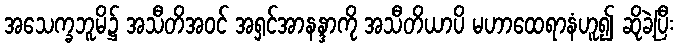
အသေက္ခဘူမိ၌ အသီတိအဝင် အရှင်အာနန္ဒာကို အသီတိယာပိ မဟာထေရာနံဟူ၍ ဆိုခဲ့ပြီး